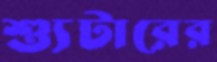
শ্যুটারের